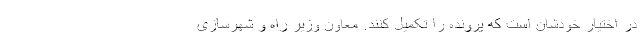
در اختیار خودشان است که پرونده را تکمیل کنند. معاون وزیر راه و شهرسازی